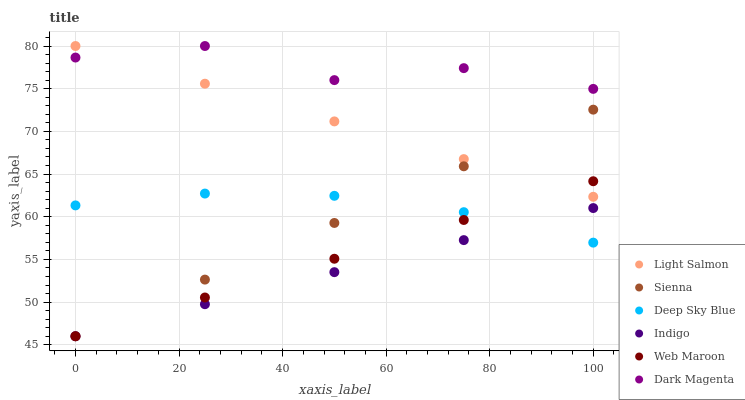
| xaxis_label | Light Salmon | Sienna | Deep Sky Blue | Indigo | Web Maroon | Dark Magenta |
 | --- | --- | --- | --- | --- | --- | --- |
 | 0 | 80 | 46 | 61.3 | 46 | 46 | 78.6 |
 | 25 | 75.6 | 52.6 | 62.7 | 49.8 | 50.5 | 80 |
 | 50 | 71.2 | 59.3 | 62.5 | 53.5 | 55.1 | 76 |
 | 75 | 66.8 | 65.9 | 60.5 | 57.3 | 59.6 | 77.4 |
 | 100 | 62.3 | 72.5 | 57 | 61 | 64.2 | 75 |